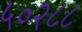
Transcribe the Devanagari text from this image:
५०२८८